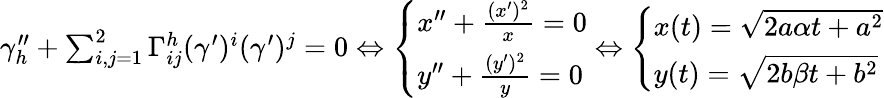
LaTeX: \begin{array}{r}{\gamma_{h}^{\prime\prime}+\sum_{i,j=1}^{2}\Gamma_{ij}^{h}(\gamma^{\prime})^{i}(\gamma^{\prime})^{j}=0\Leftrightarrow\left\{ \begin{array}{lll}{x^{\prime\prime}+\frac{(x^{\prime})^{2}}{x}=0}\\ {y^{\prime\prime}+\frac{(y^{\prime})^{2}}{y}=0}\end{array}\right.\Leftrightarrow\left\{ \begin{array}{lll}{x(t)=\sqrt{2a\alpha t+a^{2}}}\\ {y(t)=\sqrt{2b\beta t+b^{2}}}\end{array}\right.}\end{array}